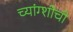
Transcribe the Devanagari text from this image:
च्यांग्शीची